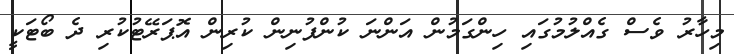
މިހާރު ވެސް ގެއްލުމުގައި ހިންގަމުން އަންނަ ކުންފުނިން ކުރިން އޮޕަރޭޓުކުރި ދެ ބޯޓަކީ